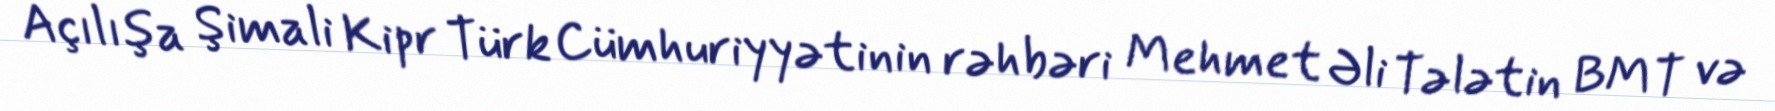
Açılışa Şimali Kipr Türk Cümhuriyyətinin rəhbəri Mehmet Əli Tələtin BMT və